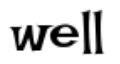
well